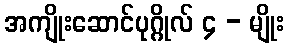
အကျိုးဆောင်ပုဂ္ဂိုလ် ၄ - မျိုး